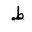
Letter: _da